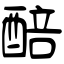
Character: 醅